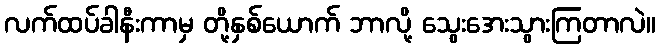
လက်ထပ်ခါနီးကာမှ တို့နှစ်ယောက် ဘာလို့ သွေးအေးသွားကြတာလဲ။